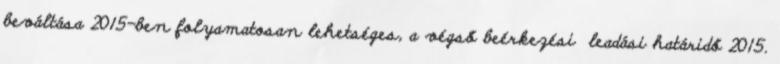
beváltása 2015-ben folyamatosan lehetséges, a végső beérkezési leadási határidő 2015.